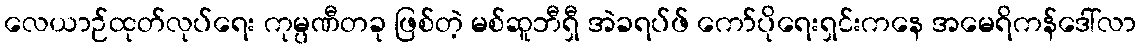
လေယာဉ်ထုတ်လုပ်ရေး ကုမ္ပဏီတခု ဖြစ်တဲ့ မစ်ဆူဘီရှီ အဲခရပ်ဖ် ကော်ပိုရေးရှင်းကနေ အမေရိကန်ဒေါ်လာ